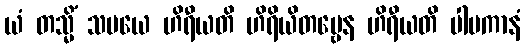
ယံ တသ္မိံ သမယေ ဟိရီယတိ ဟိရိယိတဗ္ဗေန ဟိရီယတိ ပါပကာနံ